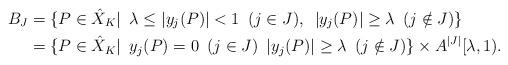
LaTeX: \begin{align*}B_J& =\{P\in \hat{X}_K|\,\,\, \lambda \leq |y_j(P)|<1 \,\,\,(j\in J),\,\,\,|y_j(P)|\geq \lambda\,\,\, (j \notin J)\} \\ & = \{P\in \hat{X}_K|\,\,\, y_j(P)=0 \,\,\,(j\in J)\,\,\, |y_j(P)|\geq \lambda\,\,\, (j \notin J)\}\times A^{|J|}[\lambda,1). \end{align*}